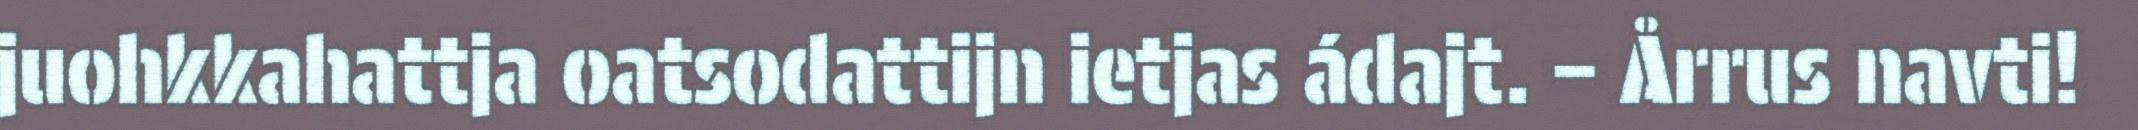
juohkkahattja oatsodattijn ietjas ádajt. – Årrus navti!